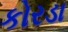
કોરડા